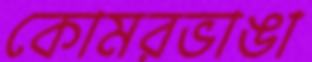
কোমরভাঙা